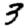
Digit: 3